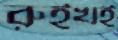
রুইখই